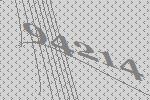
94214